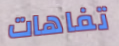
تفاهات